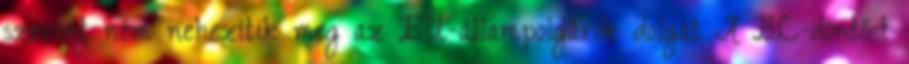
szerint nem nehezítik meg az EU-állampolgárok dolgát A BL-döntőst